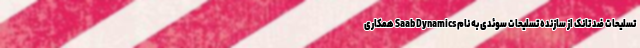
تسلیحات ضد تانک از سازنده تسلیحات سوئدی به نام Saab Dynamics همکاری